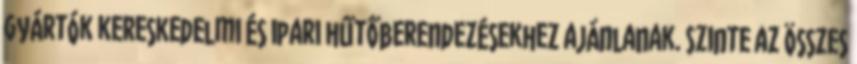
gyártók kereskedelmi és ipari hűtőberendezésekhez ajánlanak. Szinte az összes